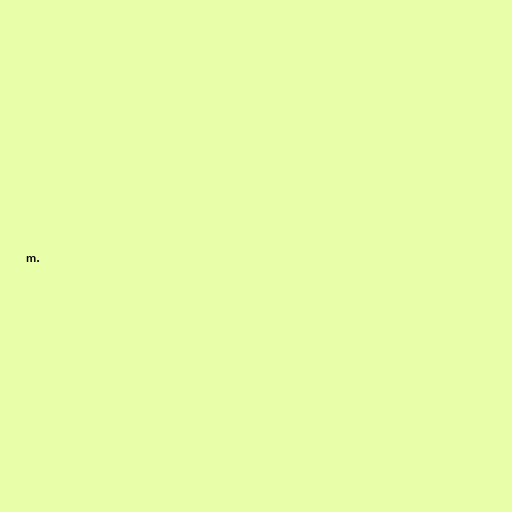
m.